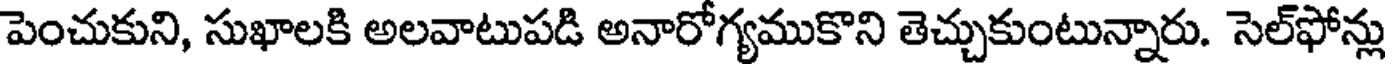
పెంచుకుని, సుఖాలకి అలవాటుపడి అనారోగ్యముకొని తెచ్చుకుంటున్నారు. సెల్ఫోన్లు